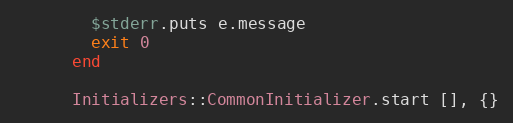
Language: Ruby
        $stderr.puts e.message
        exit 0
      end

      Initializers::CommonInitializer.start [], {}